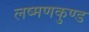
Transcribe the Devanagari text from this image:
लष्मणकुण्ड